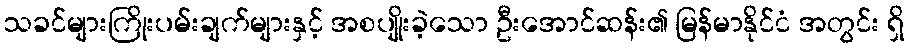
သခင်များကြိုးပမ်းချက်များနှင့် အစပျိုးခဲ့သော ဦးအောင်ဆန်း၏ မြန်မာနိုင်ငံ အတွင်း ရှိ